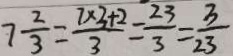
7 \frac { 2 } { 3 } = \frac { 7 \times 3 + 2 } { 3 } = \frac { 2 3 } { 3 } = \frac { 3 } { 2 3 }